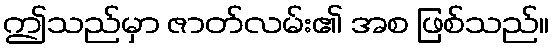
ဤသည်မှာ ဇာတ်လမ်း၏ အစ ဖြစ်သည်။